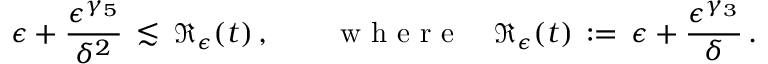
\epsilon + \frac { \epsilon ^ { \gamma _ { 5 } } } { \delta ^ { 2 } } \, \lesssim \, \mathfrak { R } _ { \epsilon } ( t ) \, , \qquad \mathrm { ~ w ~ h ~ e ~ r ~ e ~ } \quad \mathfrak { R } _ { \epsilon } ( t ) \, : = \, \epsilon + \frac { \epsilon ^ { \gamma _ { 3 } } } { \delta } \, .